Medical and sanitary report of the native army of Madras for the year
Year: 1878
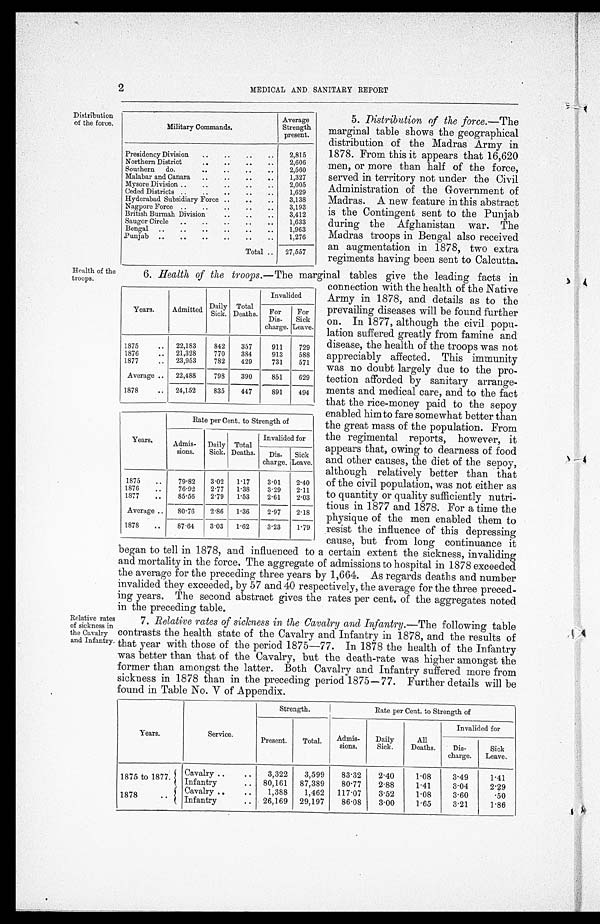
Years.
Admitted
Daily
Sick.
Total
Deaths.
Invalided
For
Dis-
charge.
For
Sick
Leave.
1875
..
22,183
842
357
911
729
1876
..
21,328
770
384
913
588
1877
..
23,953
782
429
731
571
Average ..
22,488
798
390
851
629
1878
..
24,152
835
447
891
494
Years.
Rate per Cent. to Strength of
Admis-
sions.
Daily
Sick.
Total
Deaths.
Invalided for
Dis-
charge.
Sick L e a v e .
1875
..
79.82
3.02
1.17
3.01
2.40
1876
_
76.92
2.77
1.38
3.29
2.11
1877
..
85.56
2.79
1.53
2.61
2.03
Average ..
80.76
2.86
1.36
2.97
2.18
1878
..
87.64
3.03
1.62
3.23
1.79
2
MEDICAL AND SANITARY REPORT
Distribution
of the force.
Military Commands.
Average
Strength
present.
Presidency Division
..
..
..
..
2,815
Northern District.. ..
.. ..
2,606
Southern do
..
..
..
..
2,560
Malabar and Canara
..
..
..
..
1,327
Mysore Division ..
..
..
..
..
2,005
Ceded Districts . . . .
.. ..
1,629
Hyderabad Subsidiary Force ..
..
..
3,138
Nagpore Force.
..
..
..
..
3,193
British Burmah Division
..
..
..
3,412
Saugor Circle
..
..
..
..
..
1,633
Bengal ..
..
..
..
..
..
1,963
Punjab ..
..
..
..
..
..
1,276
Total ..
27,557
5. Distribution of the force.—The
marginal table shows the geographical
distribution of the Madras Army in
1878. From this it appears that 16,620
men, or more than half of the force,
served in territory not under the Civil
Administration of the Government of
Madras. A new feature in this abstract
is the Contingent sent to the Punjab
during the Afghanistan war. The
Madras troops in Bengal also received
an augmentation in 1878, two extra
regiments having been sent to Calcutta.
Health of the
troops.
Relative rates
of sickness in
the Cavalry
and Infantry.
6. Health of the troops. —The marginal tables give the leading facts in
connection with the health of the Native
Army in 1878, and details as to the
prevailing diseases will be found further
on. In 1877, although the civil popu-
lation suffered greatly from famine and
disease, the health of the troops was not
appreciably affected. This immunity
was no doubt largely due to the pro-
tection afforded by sanitary arrange-
ments and medical care, and to the fact
that the rice-money paid to the sepoy
enabled him to fare somewhat better than
the great mass of the population. From
the regimental reports, however, it
appears that, owing to dearness of food
and other causes, the diet of the sepoy,
although relatively better than that
of the civil population, was not either as
to quantity or quality sufficiently nutri-
tious in 1877 and 1878. For a time the
physique of the men enabled them to
resist the influence of this depressing
cause, but from long continuance it
began to tell in 1878, and influenced to a certain extent the sickness, invaliding
and mortality in the force. The aggregate of admissions to hospital in 1878 exceeded
the average for the preceding three years by 1,664. As regards deaths and number
invalided they exceeded, by 57 and 40 respectively, the average for the three preced-
ing years. The second abstract gives the rates per cent. of the aggregates noted
in the preceding table.
7. Relative rates of sickness in the Cavalry and Infantry.—The following table
contrasts the health state of the Cavalry and Infantry in 1878, and the results of
that year with those of the period 1875—77. In 1878 the health of the Infantry
was better than that of the Cavalry, but the death-rate was higher amongst the
former than amongst the latter. Both Cavalry and Infantry suffered more from
sickness in 1878 than in the preceding period 1875—77. Further details will be
found in Table No. V of Appendix.
Years.
Service.
Strength.
Rate per Cent. to Strength of
Present.
Total.
Admis-
sions.
Daily
Sick.
All
Deaths.
Invalided for
Dis-
charge.
Sick
Leave.
1875 to 1877.
Cavalry .. ..
3,322
3,599
83.32
2.40
1.08
3.49
1.41
1.41
3.04
2.29
Infantry
..
80,161
87,389
80.77
2.88
1878 1
. .
Cavalry ..
1,388
1,462
117.07
3.52
1.08
3.60
.50
Infantry
..
26,169
29,197
86.08
3.00
3.21
1.86
1.65